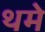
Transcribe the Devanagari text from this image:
थमे